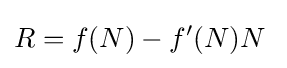
R=f(N)-f^{\prime }(N)N\;